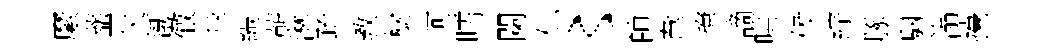
縻虀失渐徹飛縞蔪淋疏教樹珂嚅闌偲〻帥韋撩謫哄候綜䐁駰滃擡